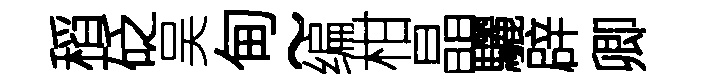
稻砭吴甸~编柑晶驪辟卿